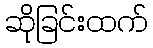
ဆိုခြင်းထက်